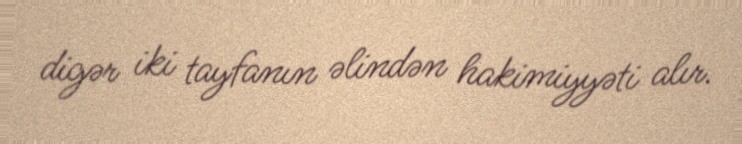
digər iki tayfanın əlindən hakimiyyəti alır.